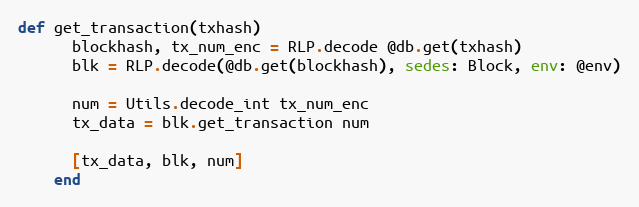
Language: Ruby
def get_transaction(txhash)
      blockhash, tx_num_enc = RLP.decode @db.get(txhash)
      blk = RLP.decode(@db.get(blockhash), sedes: Block, env: @env)

      num = Utils.decode_int tx_num_enc
      tx_data = blk.get_transaction num

      [tx_data, blk, num]
    end